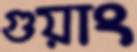
গুয়াং